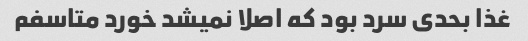
غذا بحدی سرد بود که اصلا نمیشد خورد متاسفم